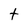
Character: t